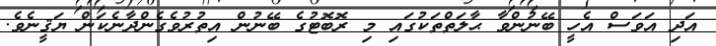
އަދި އަވަސް އެހީ ބޭނުންވާ ޙާލަތްތަކުގައި މި ރޮބޮޓުގެ ބޭނުން އިތުރުވެގެންދާނެކަން ޔަޤީނެވެ.